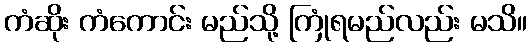
ကံဆိုး ကံကောင်း မည်သို့ ကြုံရမည်လည်း မသိ။